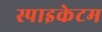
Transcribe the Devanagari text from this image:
स्पाइकेटम